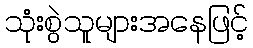
သုံးစွဲသူများအနေဖြင့်